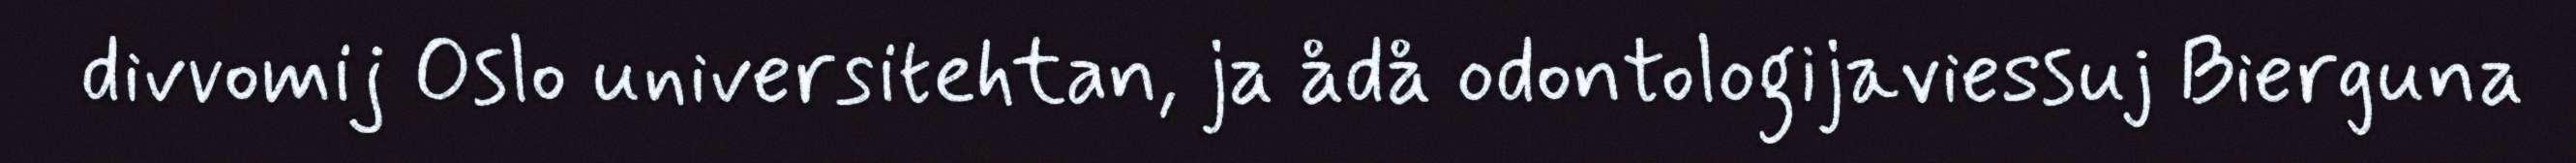
divvomij Oslo universitehtan, ja ådå odontologijaviessuj Bierguna